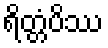
ရိတ္တံပိဿ